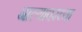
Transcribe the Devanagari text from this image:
नाल्यावरच्या